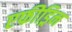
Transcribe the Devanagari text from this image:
एफीड्रिन